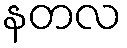
နတလ